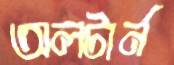
অলটার্ন